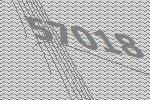
57018